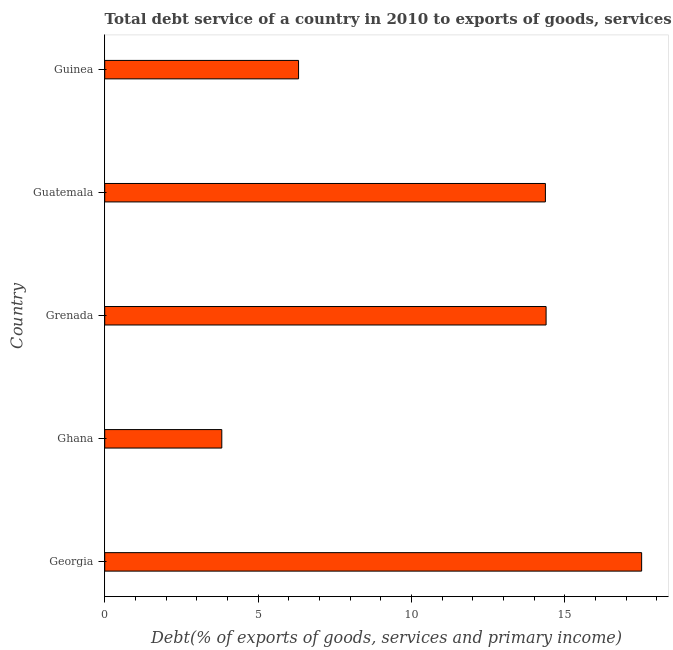
| Country | Total debt service |
 | --- | --- |
 | Georgia | 17.5 |
 | Ghana | 3.82 |
 | Grenada | 14.4 |
 | Guatemala | 14.4 |
 | Guinea | 6.32 |